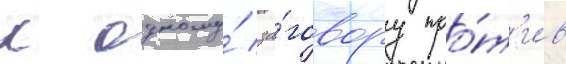
к одному́ за́говору про́т'ив